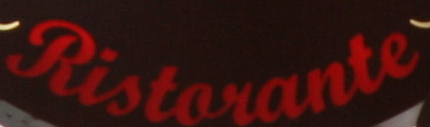
Ristaiante